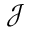
\mathcal { J }